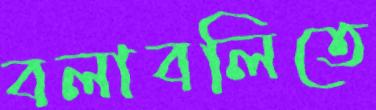
বলাবলিতে